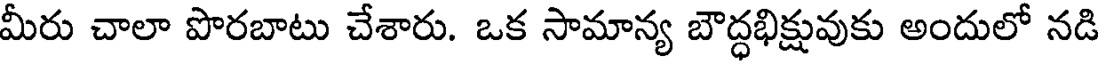
మీరు చాలా పొరబాటు చేశారు. ఒక సామాన్య బౌద్ధభిక్షువుకు అందులో నడి